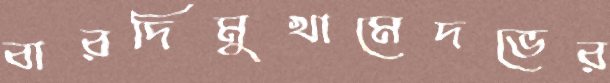
বারদিমুখামেদভের